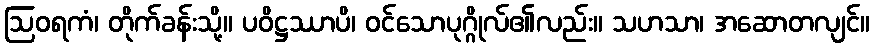
ဩဝရကံ၊ တိုက်ခန်းသို့။ ပဝိဋ္ဌဿာပိ၊ ဝင်သောပုဂ္ဂိုလ်၏လည်း။ သဟသာ၊ အဆောတလျင်။